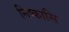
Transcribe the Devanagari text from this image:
निष्कासि